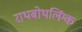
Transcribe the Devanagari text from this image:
राथबोथलिंग्क